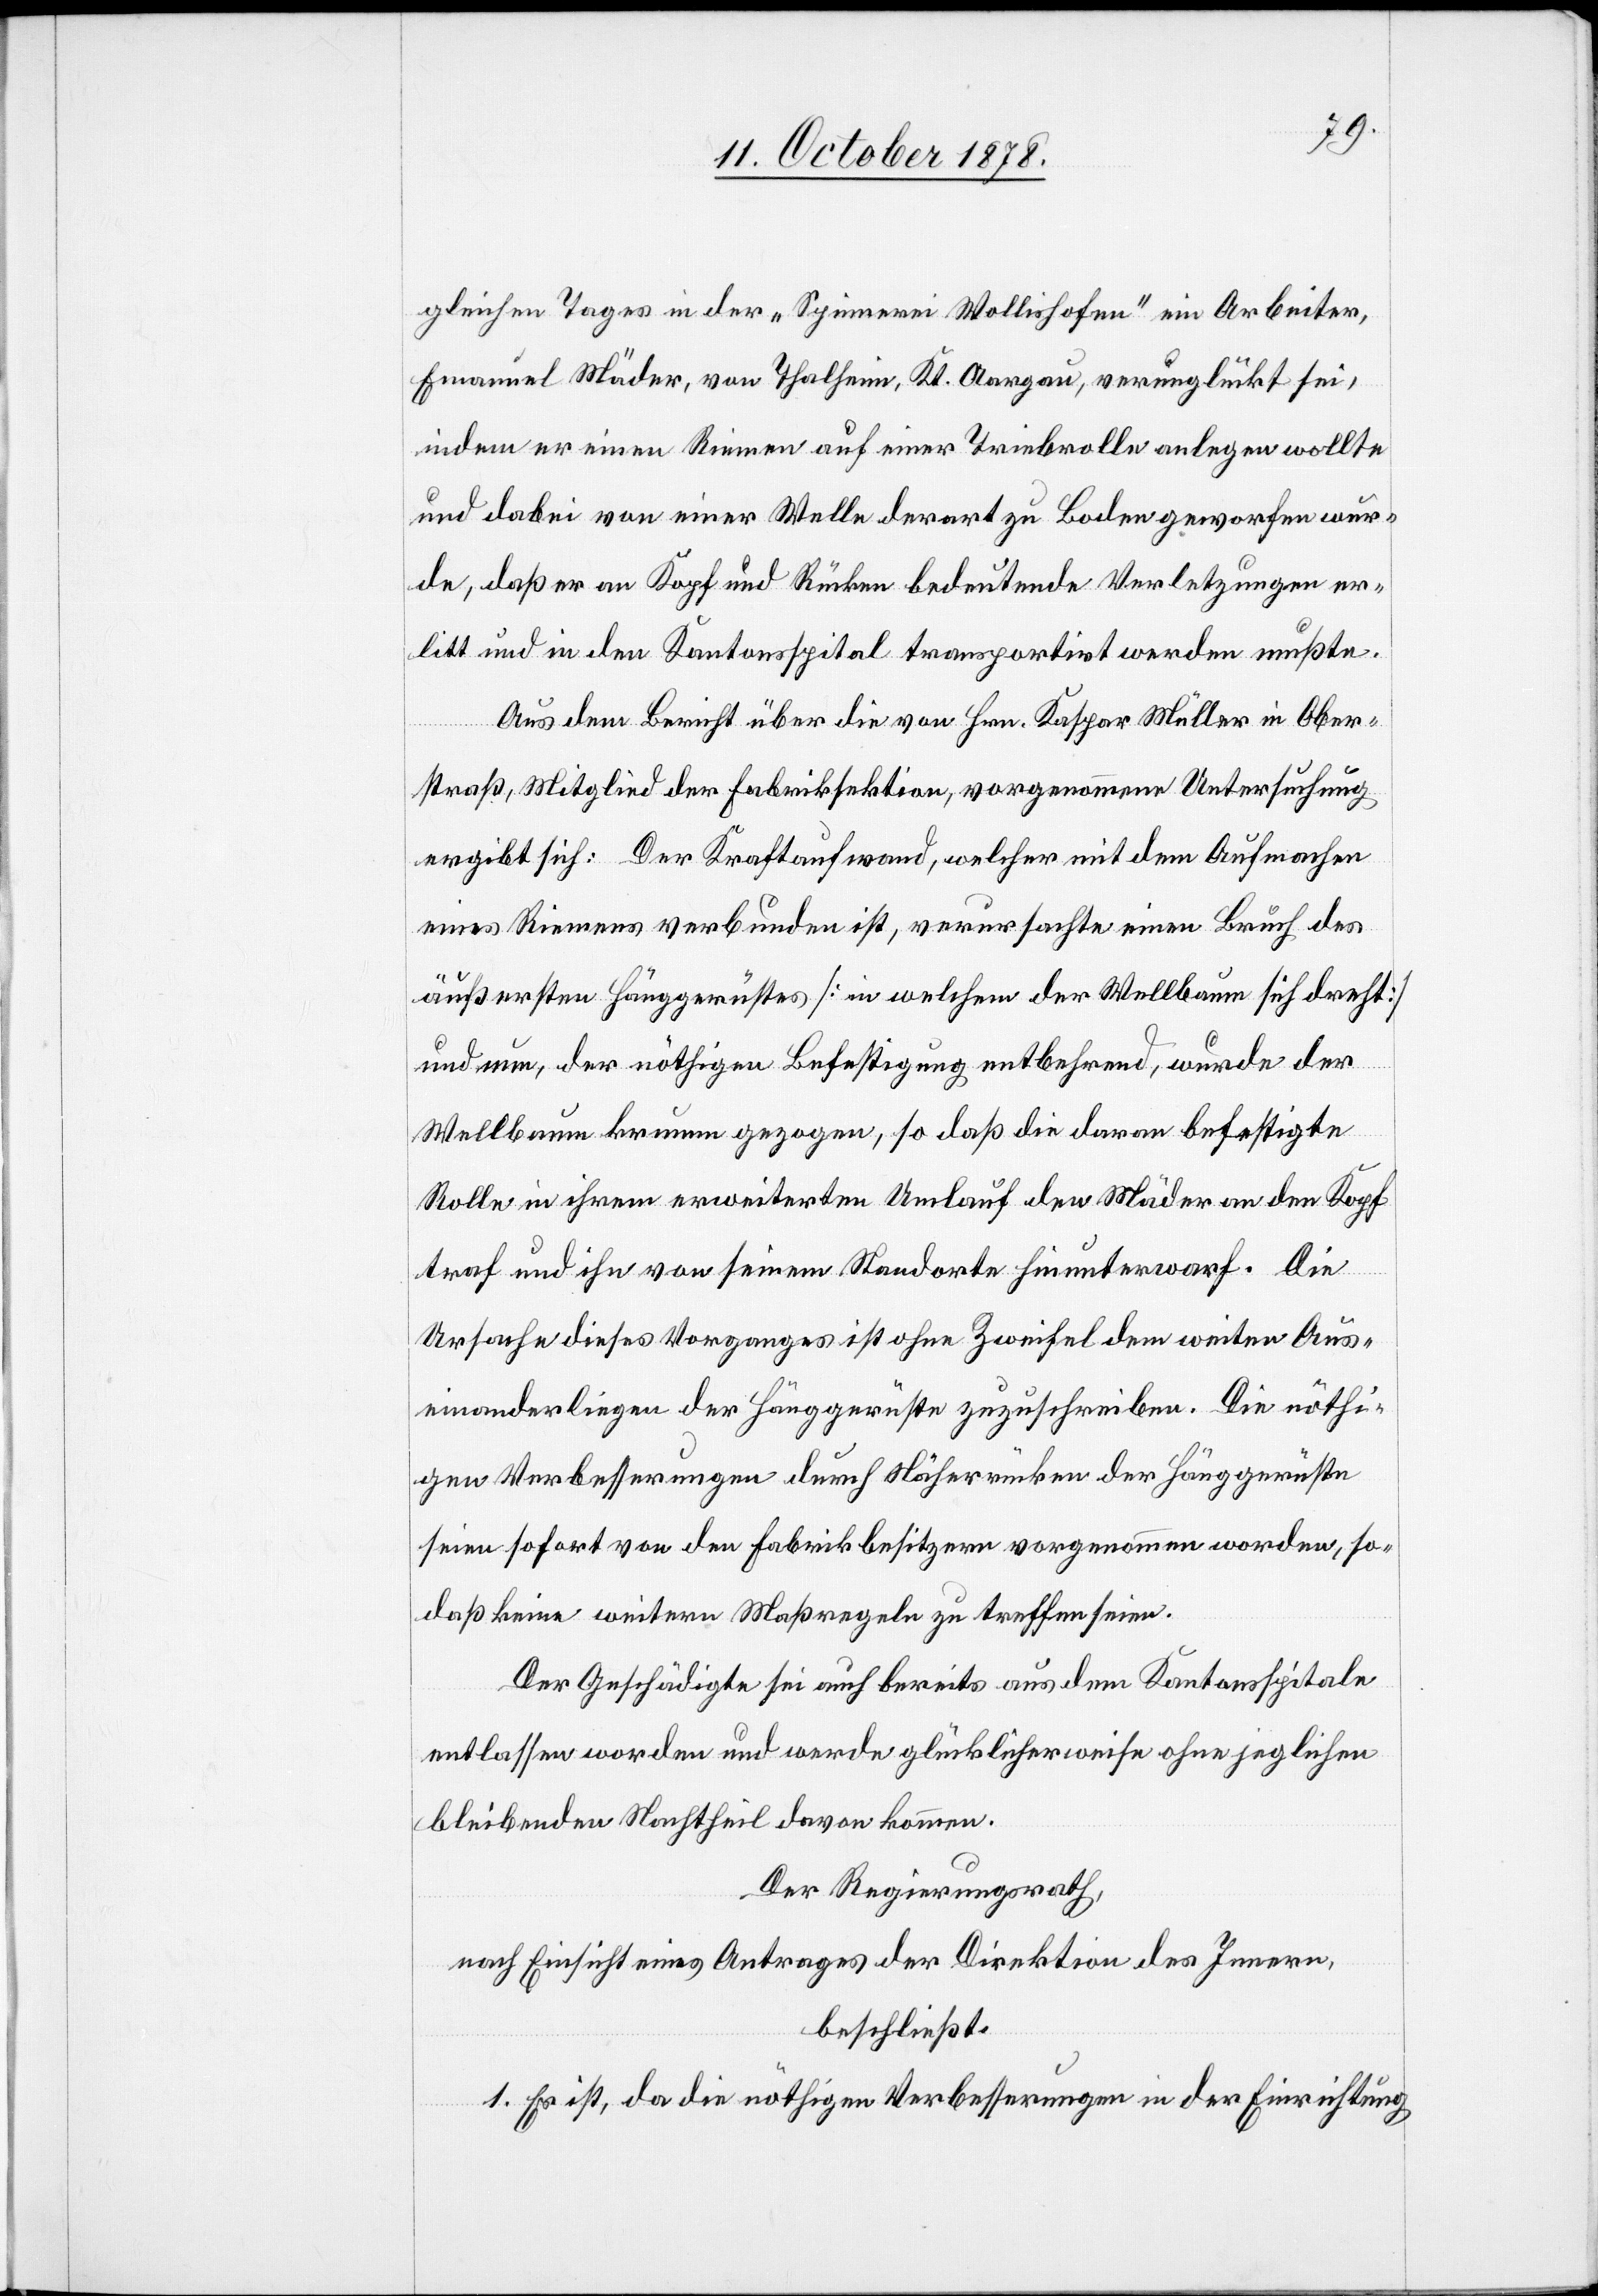
gleichen Tages in der „Spinnerei Wollishofen“ ein Arbeiter,
Emanuel Mäder, von Thalheim, Kt. Aargau, verunglückt sei,
indem er einen Riemen auf einer Triebrolle anlegen wollte
und dabei von einer Welle derart zu Boden geworfen wur¬
de, daß er an Kopf und Rücken bedeutende Verletzungen er¬
litt und in den Kantonsspital transportirt werden mußte.
Aus dem Bericht über die von Hrn. Kaspar Müller in Ober¬
straß, Mitglied der Fabriksektion, vorgenommene Untersuchung
ergibt sich: Der Kraftaufwand, welcher mit dem Aufmachen
eines Riemens verbunden ist, verursachte einen Bruch des
äußersten Hänggerüstes [in welchem der Wellbaum sich dreht]
und nun, der nöthigen Befestigung entbehrend, wurde der
Wellbaum krumm gezogen, so daß die daran befestigte
Rolle in ihrem erweiterten Umlauf den Mäder an den Kopf
traf und ihn von seinem Standorte hinunterwarf. Die
Ursache dieses Vorganges ist ohne Zweifel dem weiten Aus¬
einanderliegen der Hänggerüste zuzuschreiben. Die nöthi¬
gen Verbesserungen durch Näherrücken der Hänggerüste
seien sofort von den Fabrikbesitzern vorgenommen worden, so¬
daß keine weitere Maßregeln zu treffen seien.
Der Geschädigte sei auch bereits aus dem Kantonsspitale
entlassen worden und werde glücklicherweise ohne jeglichen
bleibenden Nachtheil davon kommen.
Der Regierungsrath,
nach Einsicht eines Antrages der Direktion des Innern,
beschließt:
1. Es ist, da die nöthigen Verbesserungen in der Einrichtung